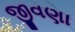
જીવણા